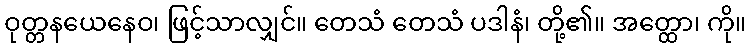
ဝုတ္တနယေနေဝ၊ ဖြင့်သာလျှင်။ တေသံ တေသံ ပဒါနံ၊ တို့၏။ အတ္ထော၊ ကို။